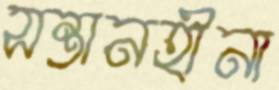
সন্তানহীনা